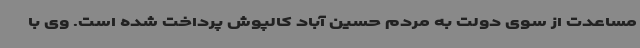
مساعدت از سوی دولت به مردم حسین آباد کالپوش پرداخت شده است. وی با